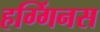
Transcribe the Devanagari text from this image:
हग्गिंनस